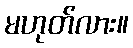
မဟုတ်လား။